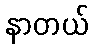
နာတယ်